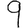
Digit: 9